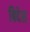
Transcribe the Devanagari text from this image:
बिदेस